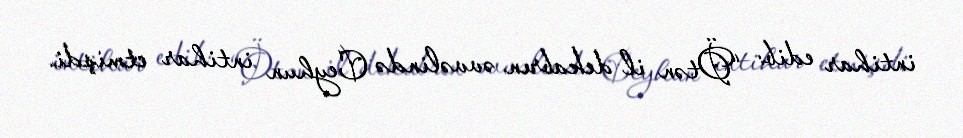
intihar edib: “Ötən il dekabrın əvvəlində Ceyhun intihar etmişdi.